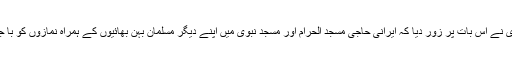
آیت اللہ خامنہ ای نے اس بات پر زور دیا کہ ایرانی حاجی مسجد الحرام اور مسجد نبوی میں اپنے دیگر مسلمان بہن بھائیوں کے ہمراہ نمازوں کو با جماعت ادا کریں۔